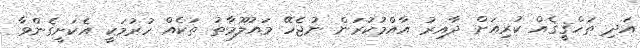
އަދި ތަހްޤީޤެއް ކުރިއަށް ދާއިރު އާއްމުކުރަން ނުޖެހޭ މައުލޫމާތު ތަކެއް ހުރުމަކީ އެކަށީގެންވާ